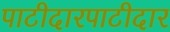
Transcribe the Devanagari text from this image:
पाटीदारपाटीदार